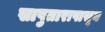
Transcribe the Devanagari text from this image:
सापुतारापासून